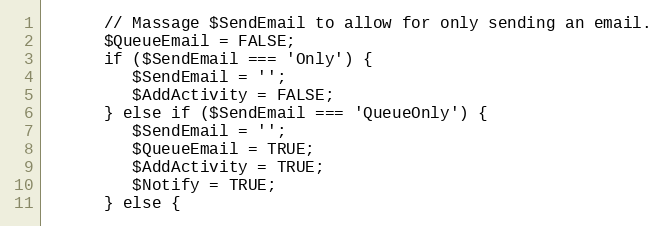
Language: PHP
      // Massage $SendEmail to allow for only sending an email.
      $QueueEmail = FALSE;
      if ($SendEmail === 'Only') {
         $SendEmail = '';
         $AddActivity = FALSE;
      } else if ($SendEmail === 'QueueOnly') {
         $SendEmail = '';
         $QueueEmail = TRUE;
         $AddActivity = TRUE;
         $Notify = TRUE;
      } else {